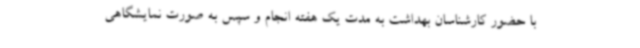
با حضور کارشناسان بهداشت به مدت یک هفته انجام و سپس به صورت نمایشگاهی